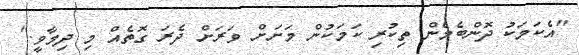
"އެކަމަކު ދޮންބެމެން ތިކުރި ކަމަކުން މަށަށް ވަރަށް ދެރަ ގޮތެއް މި ދިމާވީ."